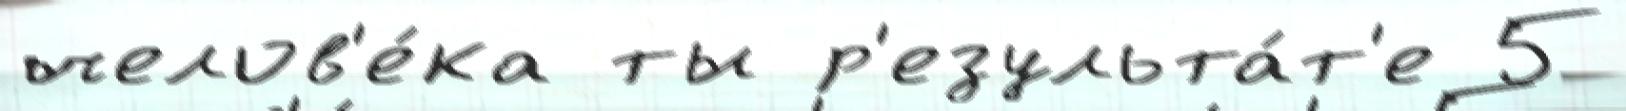
челов'е́ка ты р'езульта́т'е 5